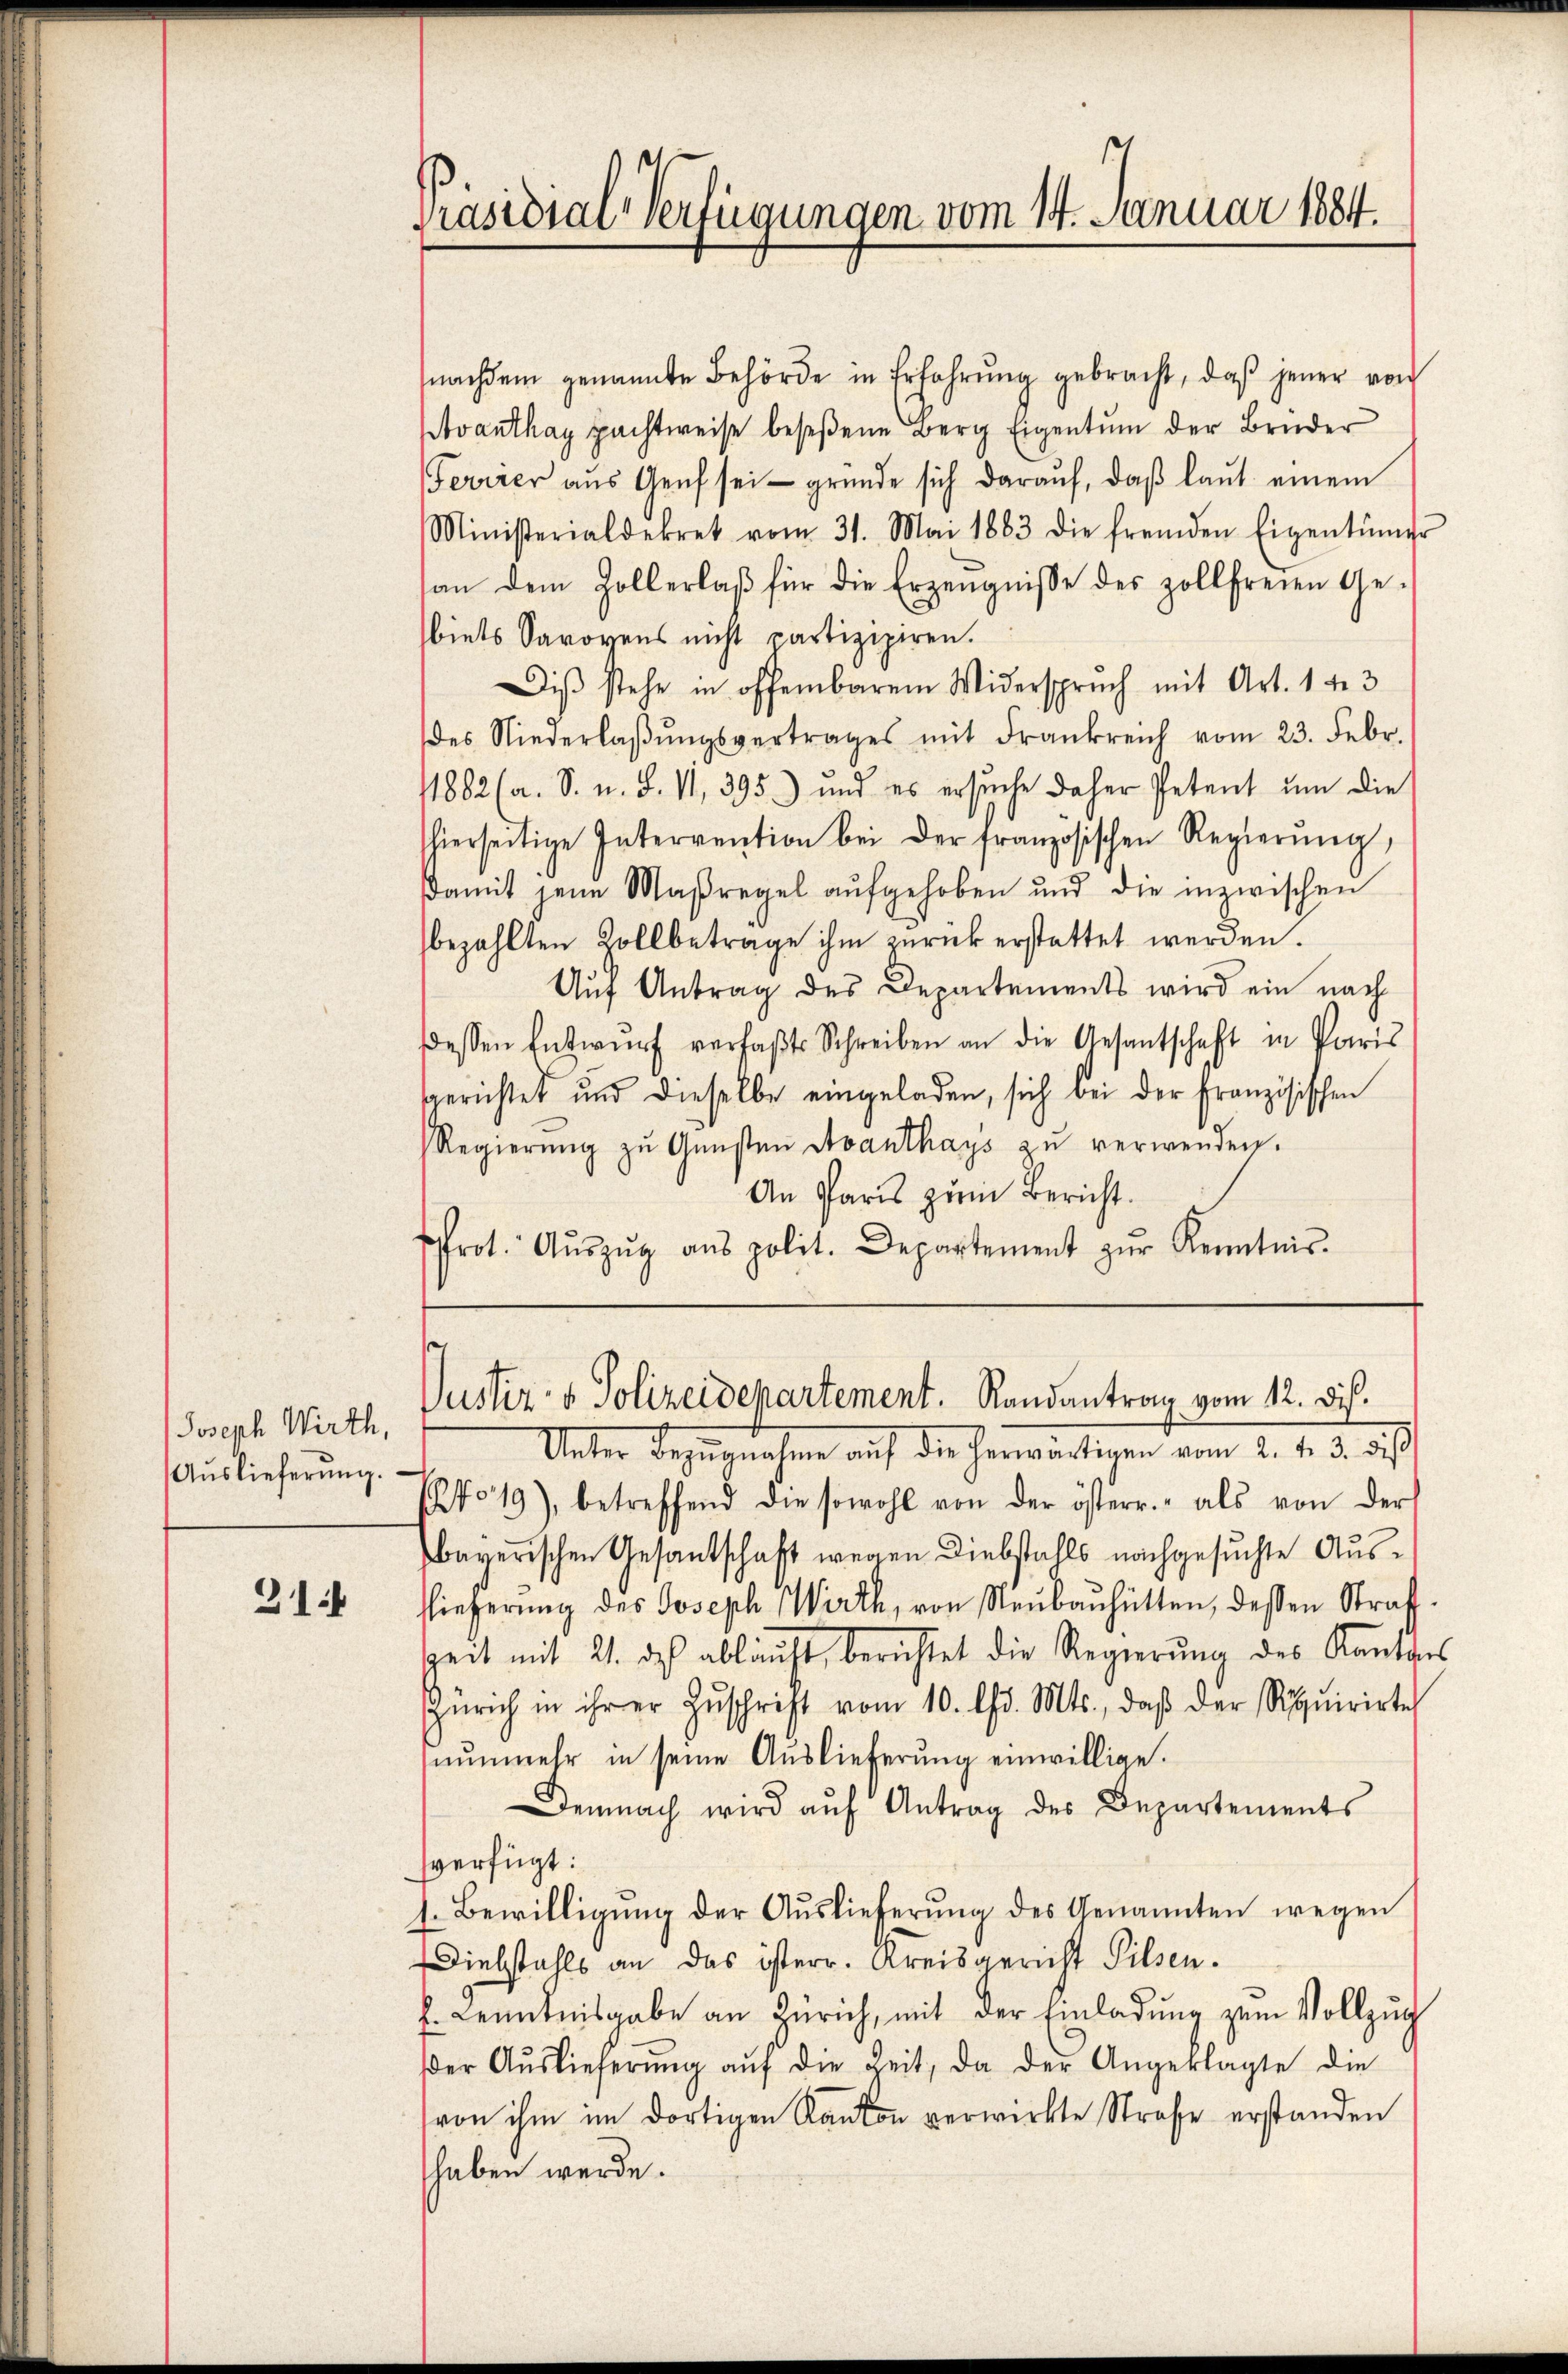
Joseph Wirth,
Auslieferung.

31

nachdem genannte Behörde in Erfahrŭng gebracht, daβ jener von
Avanthay pachtweise beseßene Berg Eigentum der Brüder
Ferrier aŭs Genf sei gründe sich daraŭf, daβ laŭt einem
Ministerialdekret vom 31. Mai 1883 die fremden Eigentümer
an dem Zollerlaβ für die Erzeugnisse des zollfreien Ge-
biets Sarovens nicht partizipiren.
Diβ stehe in offenbarem Widerspruch mit Art. 14. 3
des Niederlaβŭngsvertrages mit Frankreich vom 23. Febr.
11882 (a. S. u. S. VI, 395) und es ersŭche daher Petent um die
hierseitige Interrention bei der französischen Regierŭng,
Damit jene Maßregel aufgehoben und die inzwischen
bezahlten Zollbetrage ihm zurück erstattet werden.
Auf Antrag des Departements wird ein nach
dessen Entwŭrf verfaβt Schreiben an die Gesantschaft in Paris
sgerichtet und dieselbe eingeladen, sich bei der Französischen
Regierŭng zŭ Gŭnsten Avanthays zu verwenden.
An Paris zum Bericht.
ffrot. Aŭszŭg ans polit. Departement zŭr Kenntnis.

Präsidial-Verfügungen vom 14. Januar 1884.

Justiz- & Polizeidepartement. Randantrag vom 12. Di

Unter Bezugnahme auf die herwärtigen vom 2. v. 3. des
(fo 19), betreffend die sowohl von der österr.- als von der
baverischen Gesandschaft wegen Diebstahls nachgesuchte Ausslieferung des Joseph Wirth, von Neubauhütten, dessen Straf¬
Zeit mit 21. dch abläuft, berichtet die Regierŭng des Kantons
Zürich in ihrer Zŭschrift vom 10. d. Mts., daβ der Requirirte
nŭnmehr in seine Aŭslieferŭng einwillige.
Demnach wird aŭf Antrag des Departements
verfügt:
1. Bewilligŭng der Auslieferŭng des Genannten wegen
Diebstahls an das isterr. Kreisgericht Pilsen.
. Kenntnisgabe an Zürich, mit der Einladŭng zum Vollzŭg
er Aŭslieferŭng aŭf die Zeit, da der Angeklagte die
von ihm im dortigen Kanton verwirkte Strafe erstanden
haben werde.